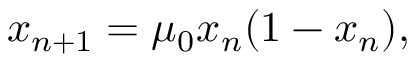
x _ { n + 1 } = \mu _ { 0 } x _ { n } ( 1 - x _ { n } ) ,